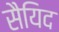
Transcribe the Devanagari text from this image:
सैयिद